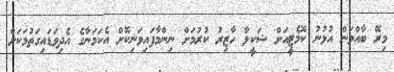
މިރޭ ބާއްވަން އުޅުނު ކޮމެޓީއަށް ޝަކީލާ ހާޒިރު ކުރުމަށް ނިންމާފައިވަނިކޮށް އެކަމަނާގެ އެދިވަޑައިގަތުމަކަށް